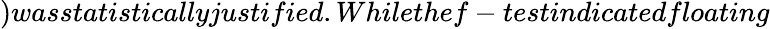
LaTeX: )wasstatisticallyjustified.Whilethef-testindicatedfloating